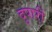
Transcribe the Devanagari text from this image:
दुपारीं